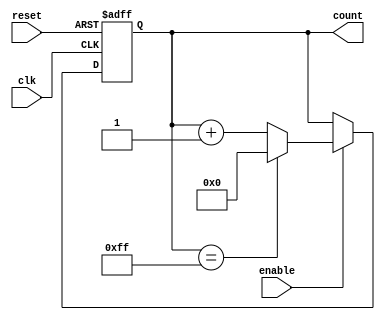
module ModuloN_Up_Counter_with_Enable (
    input wire clk,
    input wire reset,
    input wire enable,
    output reg [7:0] count
);

parameter N = 255; // Change this value to specify the modulo-N

always @(posedge clk or posedge reset) begin
    if (reset) begin
        count <= 8'd0;
    end else if (enable) begin
        if (count == N) begin
            count <= 8'd0;
        end else begin
            count <= count + 1;
        end
    end
end

endmodule